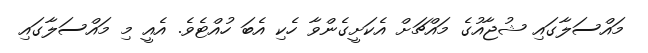
މައްސަލާގައި ޝުޖާއުގެ މައްޗަށް އެކަށީގެންވާ ހެކި އެބަ ހުއްޓެވެ. އެއީ މި މައްސަލާގައި